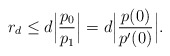
\begin{align*}r_d\le d\Big|\frac{p_0}{p_1}\Big|=d\Big|\frac{p(0)}{p'(0)}\Big|.\end{align*}